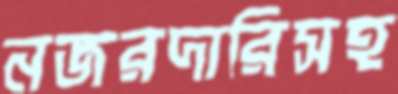
নজরদারিসহ